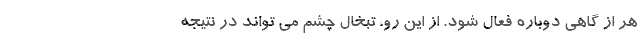
هر از گاهی دوباره فعال شود. از این رو، تبخال چشم می تواند در نتیجه